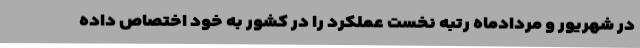
در شهریور و مردادماه رتبه نخست عملکرد را در کشور به خود اختصاص داده